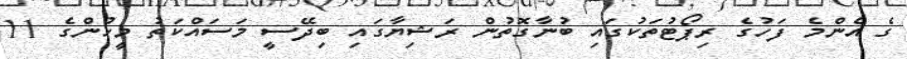
ގެ އެންމެ ފަހުގެ ރިޕޯޓުތަކުގައި ބުނާގޮތުން ރަޝިޔާގައި ބިދޭސީ މަސައްކަތު މީހުންގެ 11